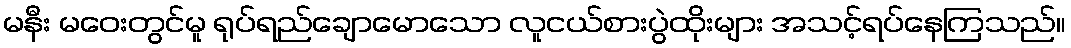
မနီး မဝေးတွင်မူ ရုပ်ရည်ချောမောသော လူငယ်စားပွဲထိုးများ အသင့်ရပ်နေကြသည်။